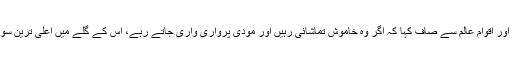
وزیر اعظم کے ا س نکتے نے بھارت ہی نہیں پوری دنیا میں خطرے کی گھنٹیاں بجا دی ہیں اور اقوام عالم سے صاف کہا کہ اگر وہ خاموش تماشائی رہیں اور مودی پرواری واری جاتے رہے، اس کے گلے میں اعلیٰ ترین سول ا یوارڈ پہناتے رہے تو یاد رکھئے کہ جو جنگ ہو گی اس سے پاکستان اور بھارت ہی نہیں۔